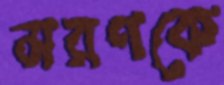
মরণকে